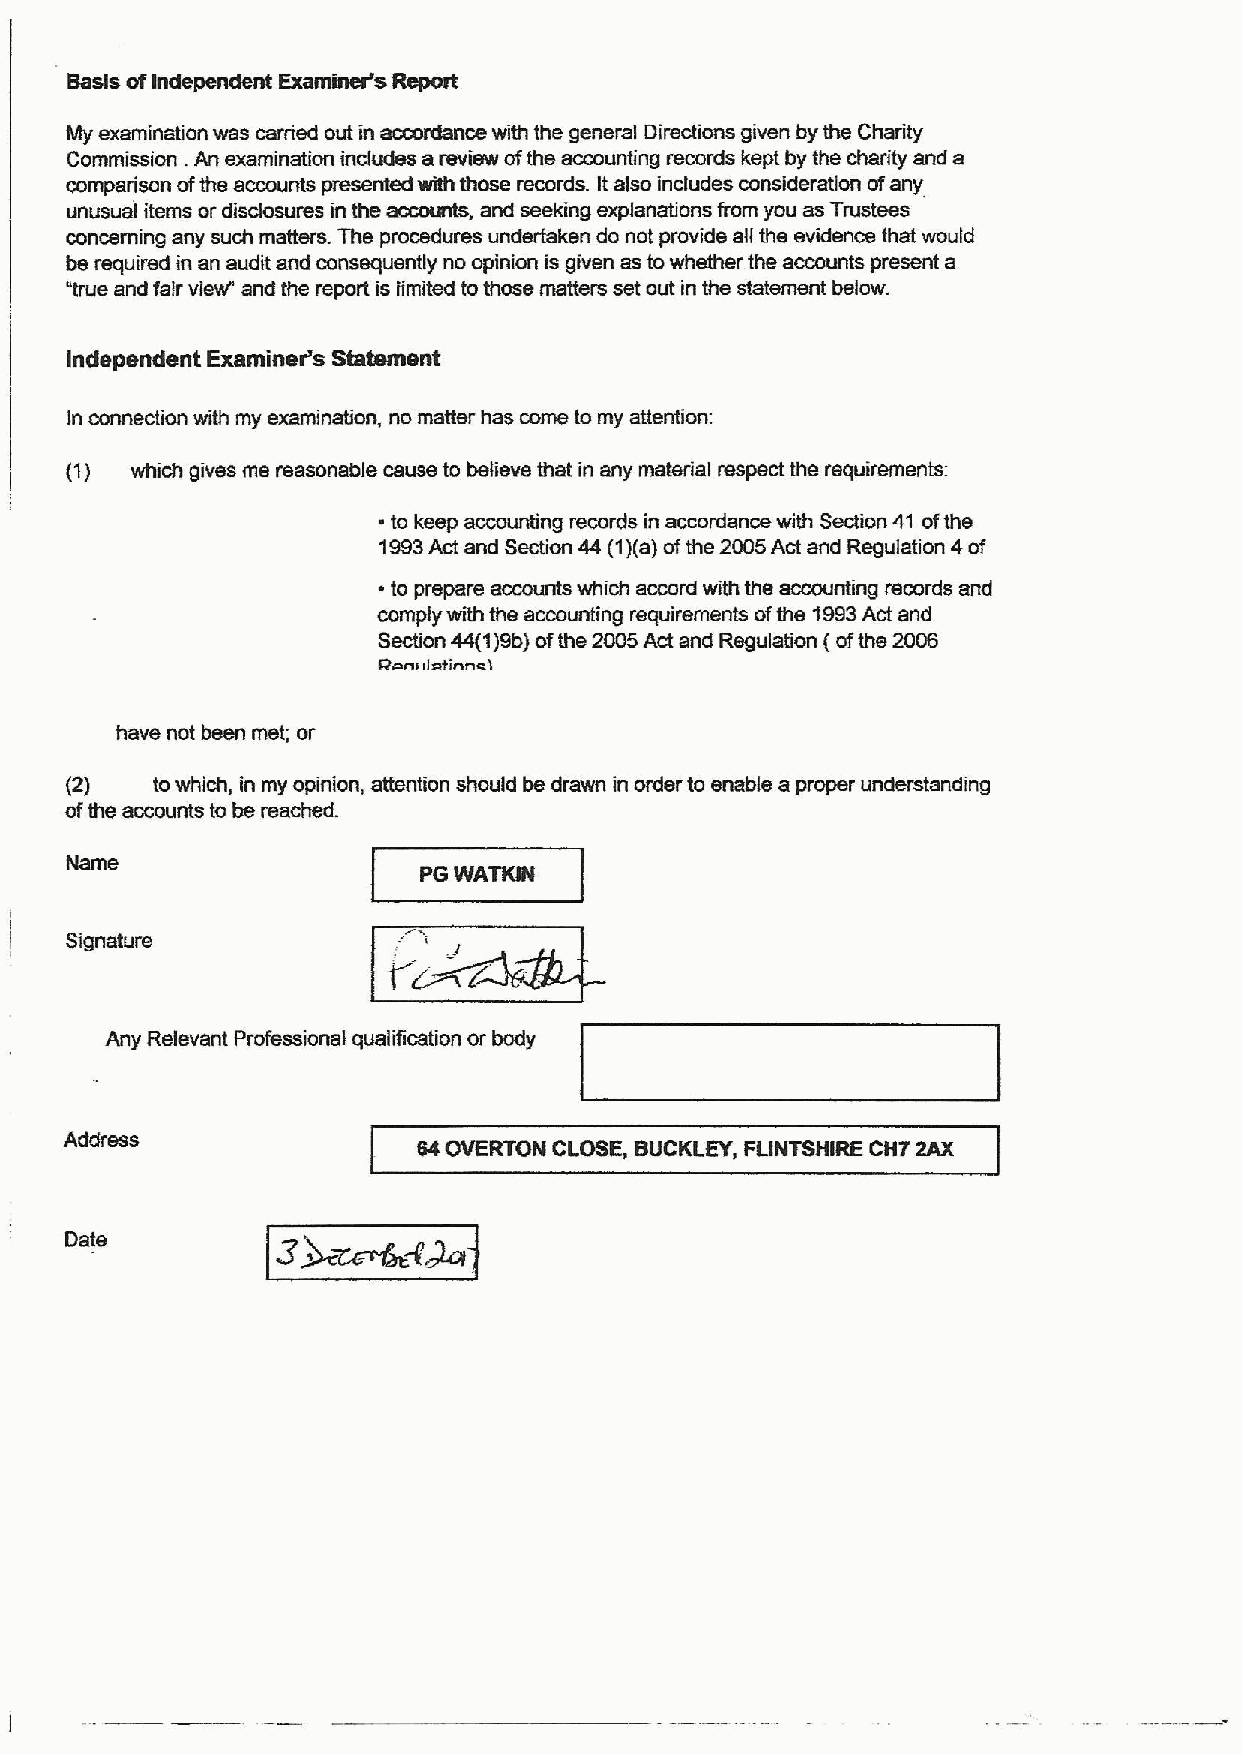
Basis ofIndependent Examiner's Report
 Slyexamination was carried out in accordance with the general Directions given by the Charity
 Coinmission .An examination indudes a review ofthe accounting records kept by the charity and a
 ~@
 comparison ofthe accounts presented with those records. Italso includes consideration ofany
 unusual items or disdosures in the and seeking explanations from you asTrustees
 concerning any such matters. The procedures undertaken do not provide all the evidence that would
 be required in an audit and consequently no opinion is given as towhether the accounts present a
 "true and fair view" and the report is iimited tothose matters set out in the statement below.
 Independent Examiner*s Statement
 in connection with my examirration, no matter has come to my attention:
 {1)  which gives me reasonable cause to believe that in any material respect the requiremenh-
 ~ to keep acixxinting records in accordanoe with Section 41 ofthe
 1993Act and Section 44 (1)(a)ofthe 2005Act and Regulation 4of
 ~ to prepare accounts which accord with the accounting records and
 comply with the accounting requirements ofthe 1993Act and
 Section 44{1)9b)ofthe 2005Act and Regulation {ofthe 2006
 Con&&latinnei
 have not been met; or
 (2)   towhich, in my opinion, attention should be drawn in order to enable a proper understanding
 ofthe accounts tobe reached.
 Name
 PGWATKIN
 !
 Signature
 tc
 Any Relevant Professional qualification or body
 Address
 64OVERTON CLOSE, BUCKLEY, FUNTSHIRE CHT 2AX
 Date